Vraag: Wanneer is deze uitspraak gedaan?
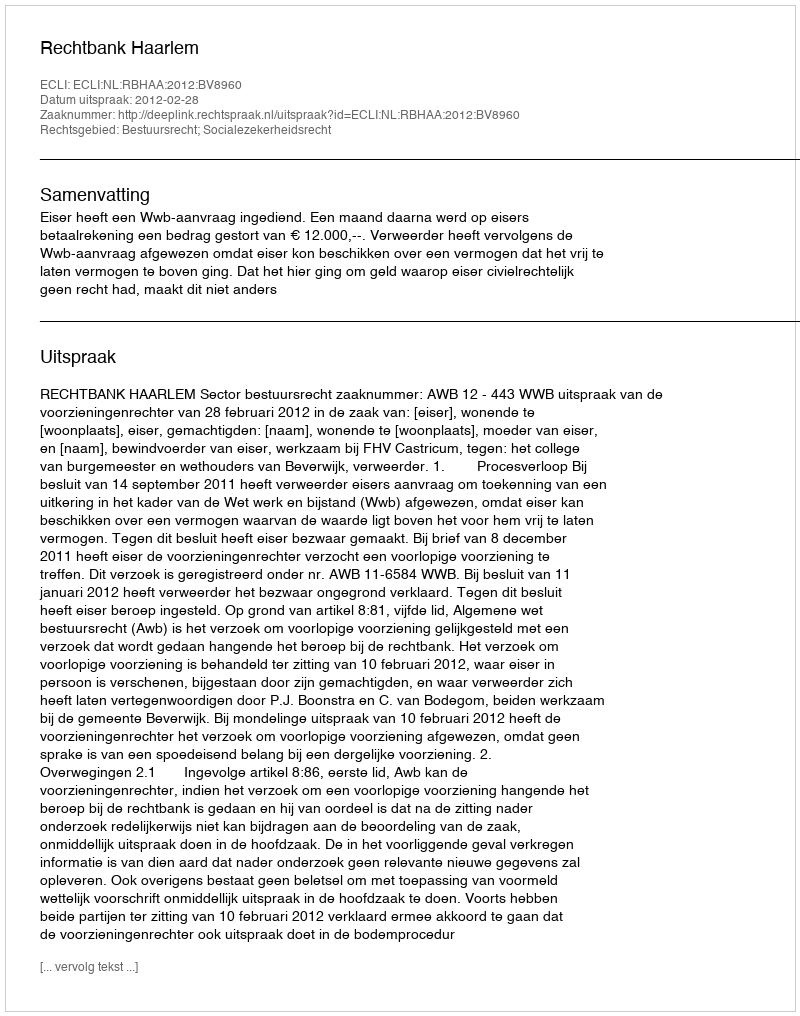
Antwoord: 2012-02-28